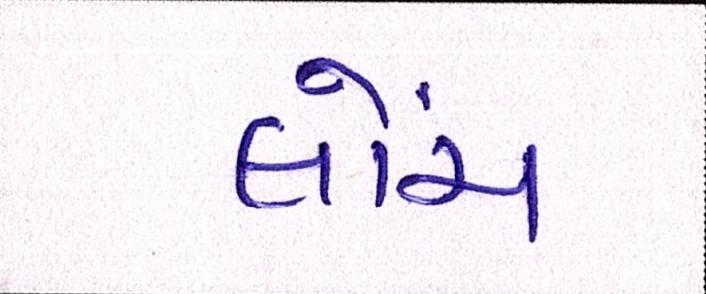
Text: લોંચ